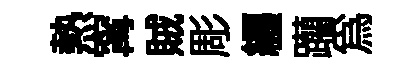
熱𡩋賊彫纒躪爲